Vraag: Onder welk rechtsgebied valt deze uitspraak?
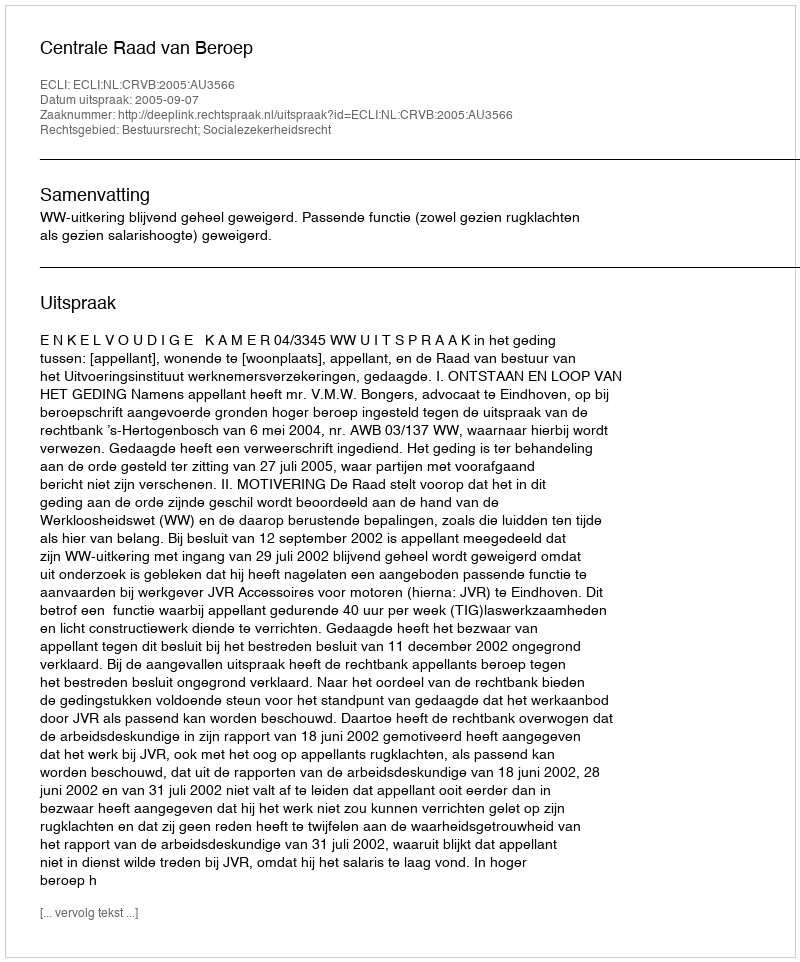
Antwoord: Bestuursrecht; Socialezekerheidsrecht